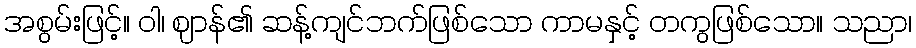
အစွမ်းဖြင့်။ ဝါ၊ ဈာန်၏ ဆန့်ကျင်ဘက်ဖြစ်သော ကာမနှင့် တကွဖြစ်သော။ သညာ၊